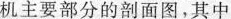
机主要部分的剖面图，其中